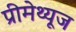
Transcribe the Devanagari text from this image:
प्रीमेथ्यूज